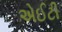
એઈટી